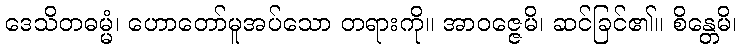
ဒေသိတဓမ္မံ၊ ဟောတော်မူအပ်သော တရားကို။ အာဝဇ္ဇေမိ၊ ဆင်ခြင်၏။ စိန္တေမိ၊